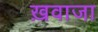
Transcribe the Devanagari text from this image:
ख़वाजा